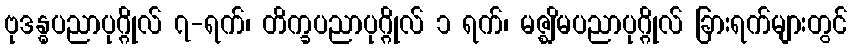
ဗုဒန္ဓပညာပုဂ္ဂိုလ် ၇-ရက်၊ တိက္ခပညာပုဂ္ဂိုလ် ၁ ရက်၊ မဇ္ဈိမပညာပုဂ္ဂိုလ် ခြားရက်များတွင်